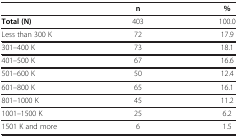
|  | n | % |
 | --- | --- | --- |
 | Total (N) | 403 | 100.0 |
 | Less than 300 K | 72 | 17.9 |
 | 301–400 K | 73 | 18.1 |
 | 401–500 K | 67 | 16.6 |
 | 501–600 K | 50 | 12.4 |
 | 601–800 K | 65 | 16.1 |
 | 801–1000 K | 45 | 11.2 |
 | 1001–1500 K | 25 | 6.2 |
 | 1501 K and more | 6 | 1.5 |